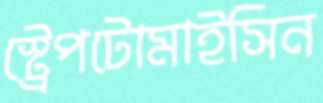
স্ট্রেপটোমাইসিন